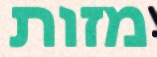
מזות